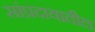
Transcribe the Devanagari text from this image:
सांप्रदायातील